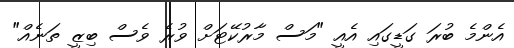
އެންމެ ބުރަ ގަޑީގައި އެއީ "މަސް މާރުކޭޓަށް ވުރެ ވެސް ބިޒީ ތަނެއް"